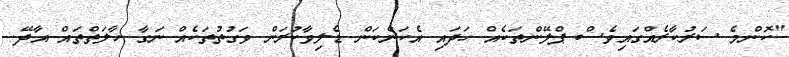
"ކޮންމެ ސަރުކާރެއްގައިވެސް ޕްލޭންތަކެއް ހަދައި އެކަންކަން ޑެލިވާކުރަން ވަގުތުތަކެއް ނަގާ ހާލަތްތައް އާދޭ.